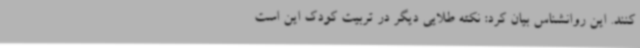
کنند. این روانشناس بیان کرد: نکته طلایی دیگر در تربیت کودک این است